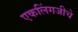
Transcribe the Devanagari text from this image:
एकलिंगजीचे